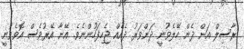
ރާސިލް އަށް ދެން ހޭލެވުނީ ދަންވަރު ދެއެއް ޖެހިފަހުންނެވެ. އޭނާ އޭރުވެސް އޮވެވުނީ